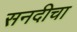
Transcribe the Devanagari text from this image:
सनदीचा